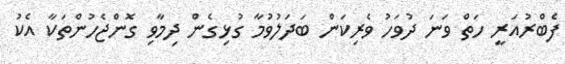
ފެބްރުއަރީ ހަތް ވަނަ ދުވަހު ވެރިކަން ބަދަލުވުމާ ގުޅިގެން ދިމާވި ގޮންޖެހުންތަކާ އެކު